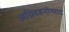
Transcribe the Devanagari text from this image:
अग्निदहनोन्माद